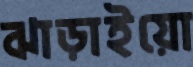
ঝাড়াইয়ো